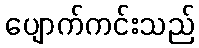
ပျောက်ကင်းသည်